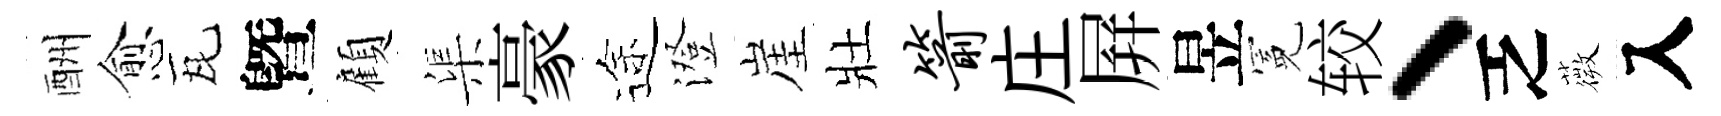
酬愈瓦曁顧渠豪途澄崖壯箭庄屛昱冕较、乏薇入